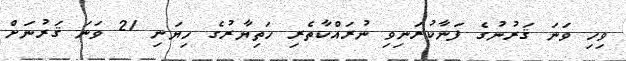
ވިހި ވަނަ ޤަރުނުގެ ފަނާކުރަނިވި ނުރައްކާތެރި ހަތިޔާރުގެ ހިޔަނި 21 ވަނަ ޤަރުނަށް